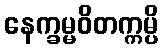
နေက္ခမ္မဝိတက္ကမ္ပိ